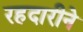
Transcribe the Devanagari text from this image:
रहदारीने